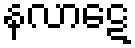
နလာဋေ